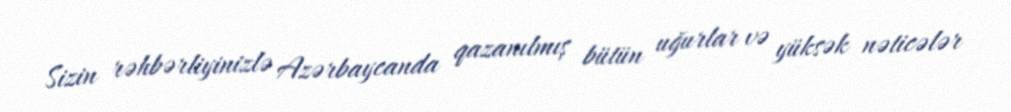
Sizin rəhbərliyinizlə Azərbaycanda qazanılmış bütün uğurlar və yüksək nəticələr